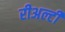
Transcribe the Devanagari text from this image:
रीअल्टी